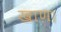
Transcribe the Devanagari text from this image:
खाण।